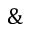
\&